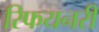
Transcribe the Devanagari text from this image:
रिफयनरी